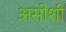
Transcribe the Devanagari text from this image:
असोशी